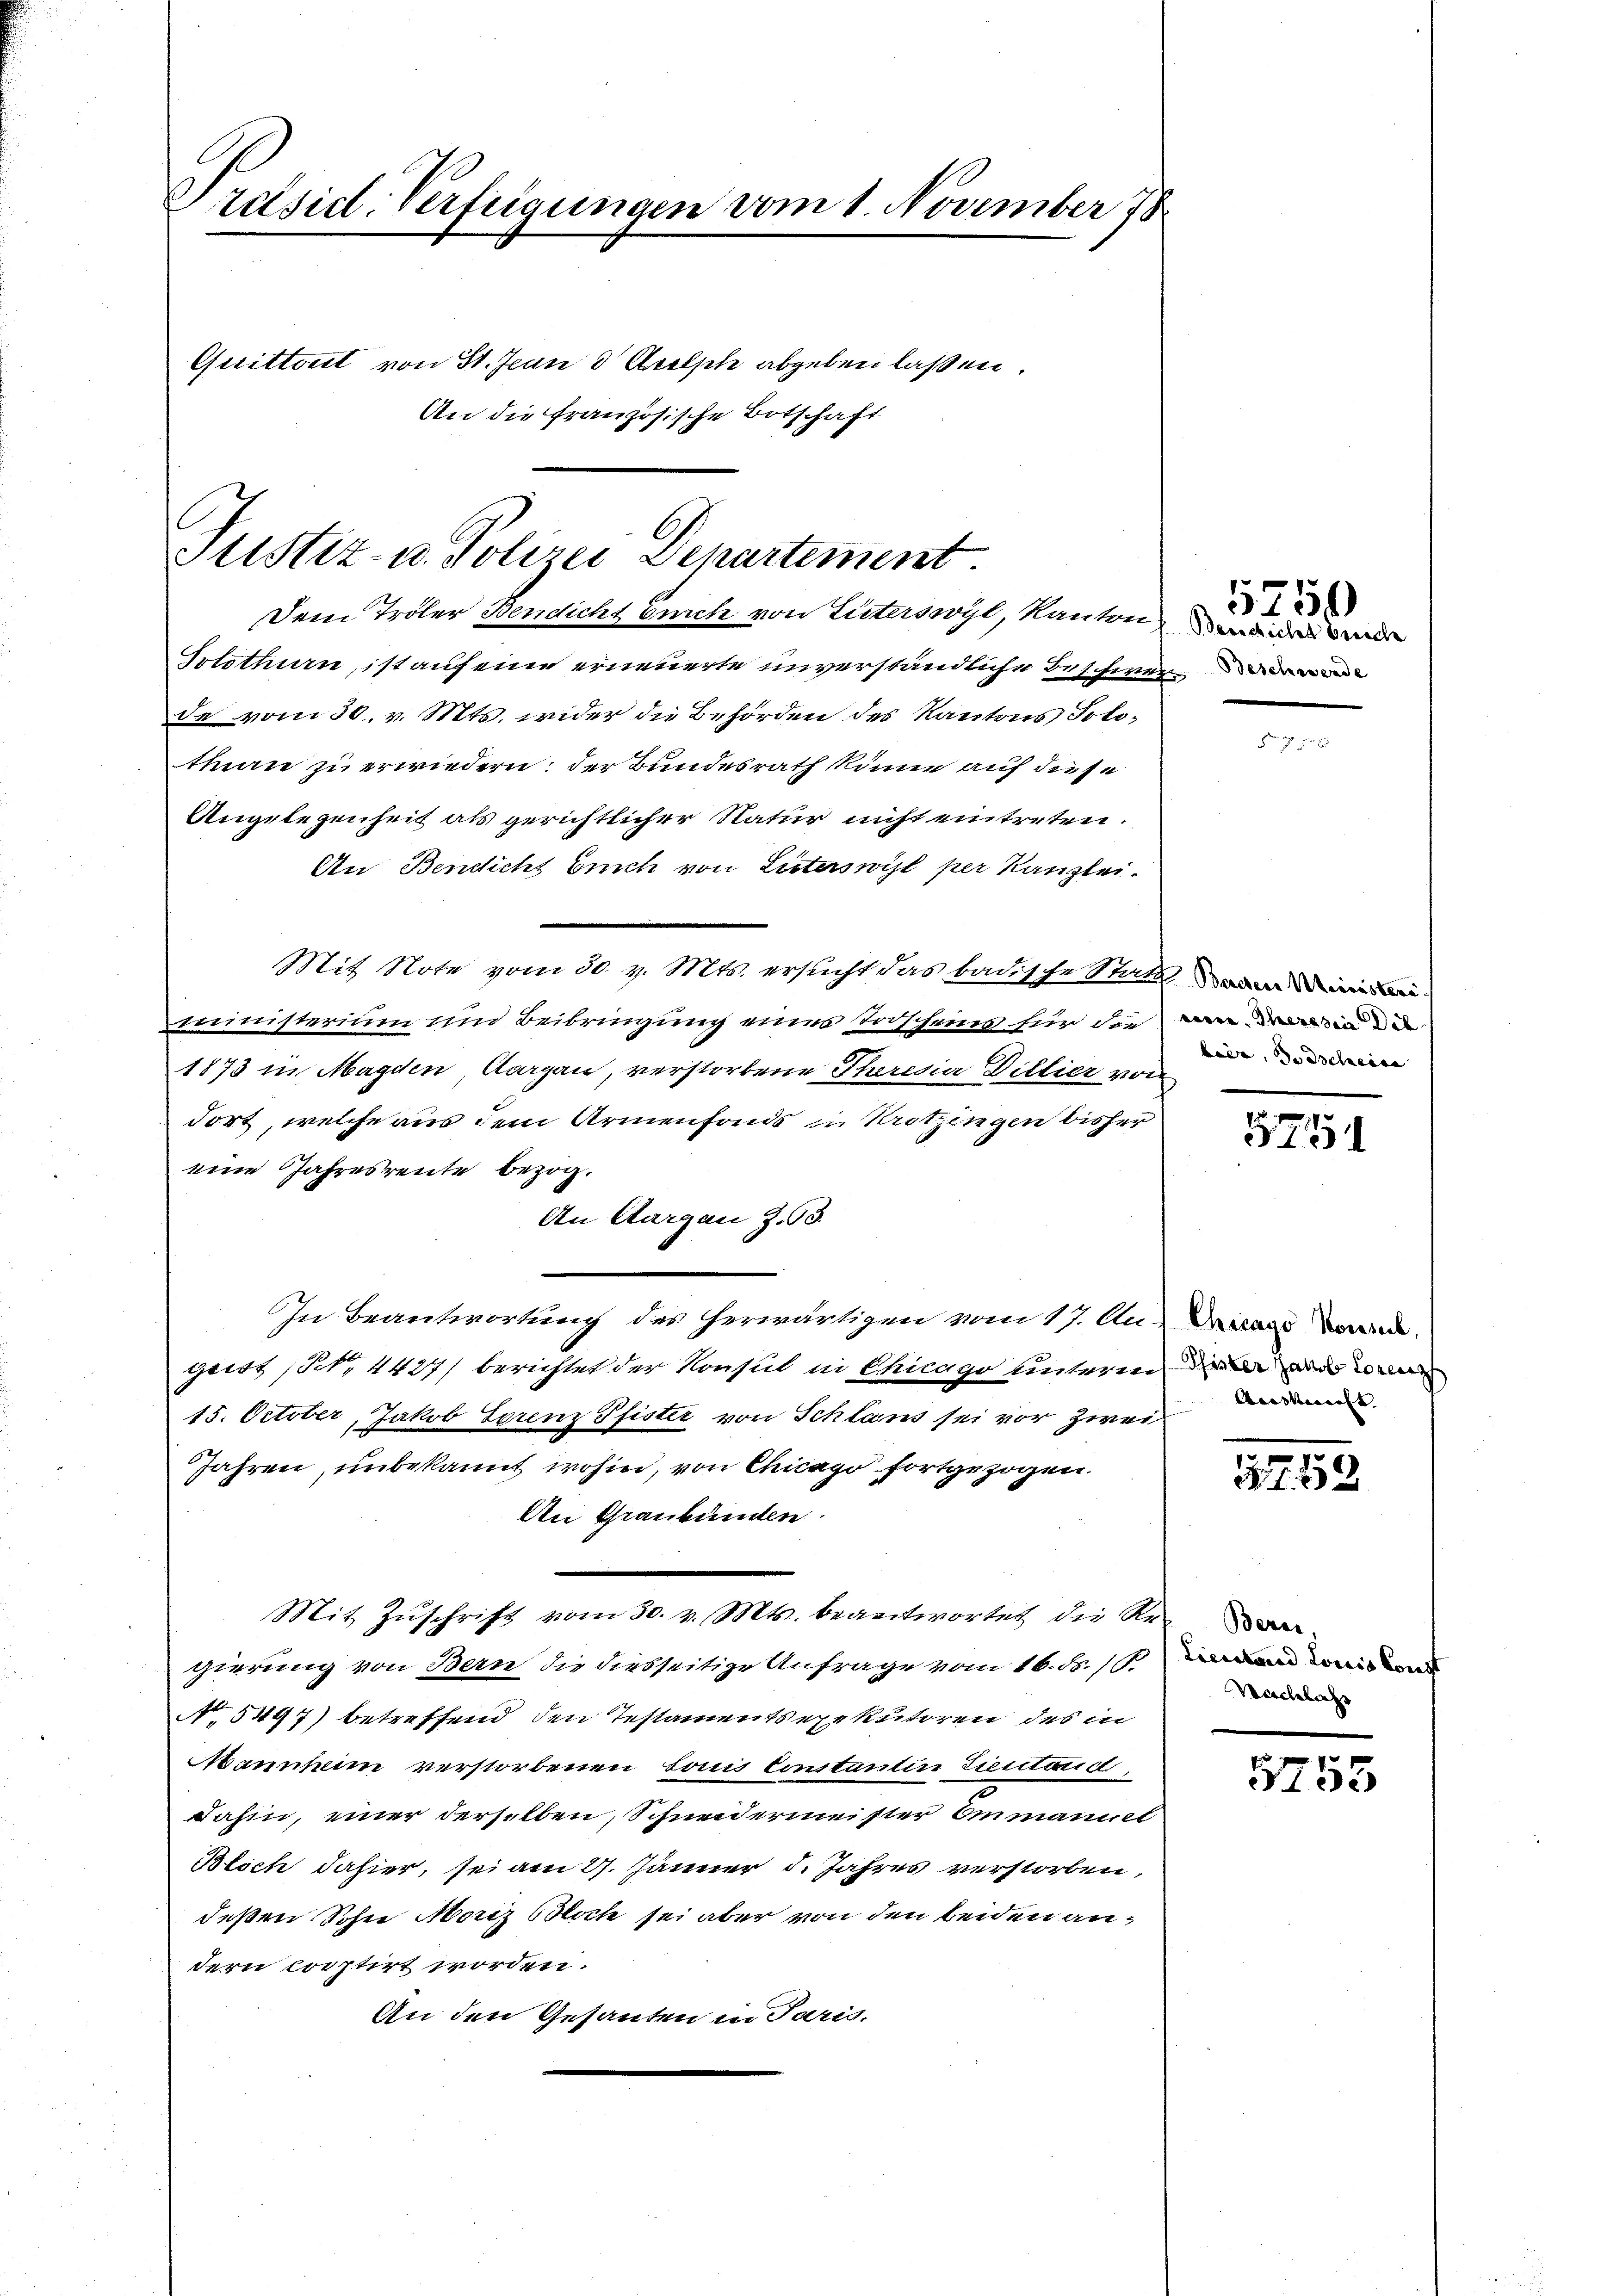
Präsid. Verfügungen vom 1. November 78

Quittort von St. Jean 3 Arolsele abgeben laßen.
An die französische Botschaft

Justiz- u. Polizei Departement.

Dem Tröler Bendicht Erich von Güterswyl, Kanton,
Solothurn, ist auf eine erneuerte unverständliche Beschwer
de vom 30. v. Mts. wider die Behörden des Kantons Solo-
thien zu erwiedern; der Bundesrath könne auf diese
Angelegenheit als gerichtlicher Natur nicht eintreten.
An Bendicht Euch von Literswil per Kanzlei.
Mit Note vom 30. v. Mts. ersucht das badische Statt
ministerium und Beibringung einer Tascheines für die von den die
1873 in Magden, Aargau, verstorbene Theresia Dillier von
dort, welche aus dem Armenfonds in Trotzingen bisher
eine Jahresreute bezog.
An Aargau Z. 93.
In Beantwortung des herwärtigen vom 17. Au Dicas d
gens (N. 4427) berichtet der Konsul in Chicago unterm die an d
15. October, Jakob Torenz Pfister von Schlans sei vor zwei
Jahren, unbekannt wohin, von Chicago fortgezogen.
An Graubünden.
Mit Zŭschrift vom 30. v. Mts. beantwortet die Re-
gierung von Bern, die diesseitige Anfrage vom 16. ds. /. den werden
No. 5497) betreffend den Testamentsexekutoren des in
Mannheim verstorbenen Louis Constantin Tiectorid,
dahin, einer derselben, Schneidermeister Ammannel
Blich dahier, sei am 27. Jänner d. Jahres verstorben,
deßen Sohne Moriz Bloch sei aber von den beiden andern corptirt worden.
An den Gesanten in Paris.

Deutliches breche

5750

bier, Todscheine

3751

Auskunft

1758

Berne,
Veschlass

1755